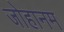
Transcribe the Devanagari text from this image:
जोहानम